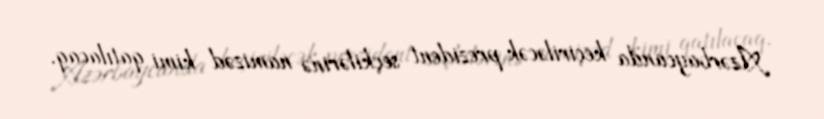
Azərbaycanda keçiriləcək prezident seçkilərinə namizəd kimi qatılacaq.